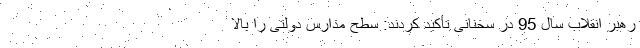
رهبر انقلاب سال 95 در سخنانی تأکید کردند: سطح مدارس دولتی را بالا